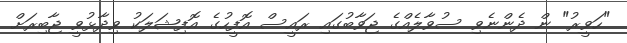
"ހަވީރު" ން ދެންނެވި ސުވާލެއްގެ ޖަވާބުގައި ރައީސް އޮފީހުގެ އޮފިޝަލަކު ވިދާޅުވީ ޖާބިރަށް